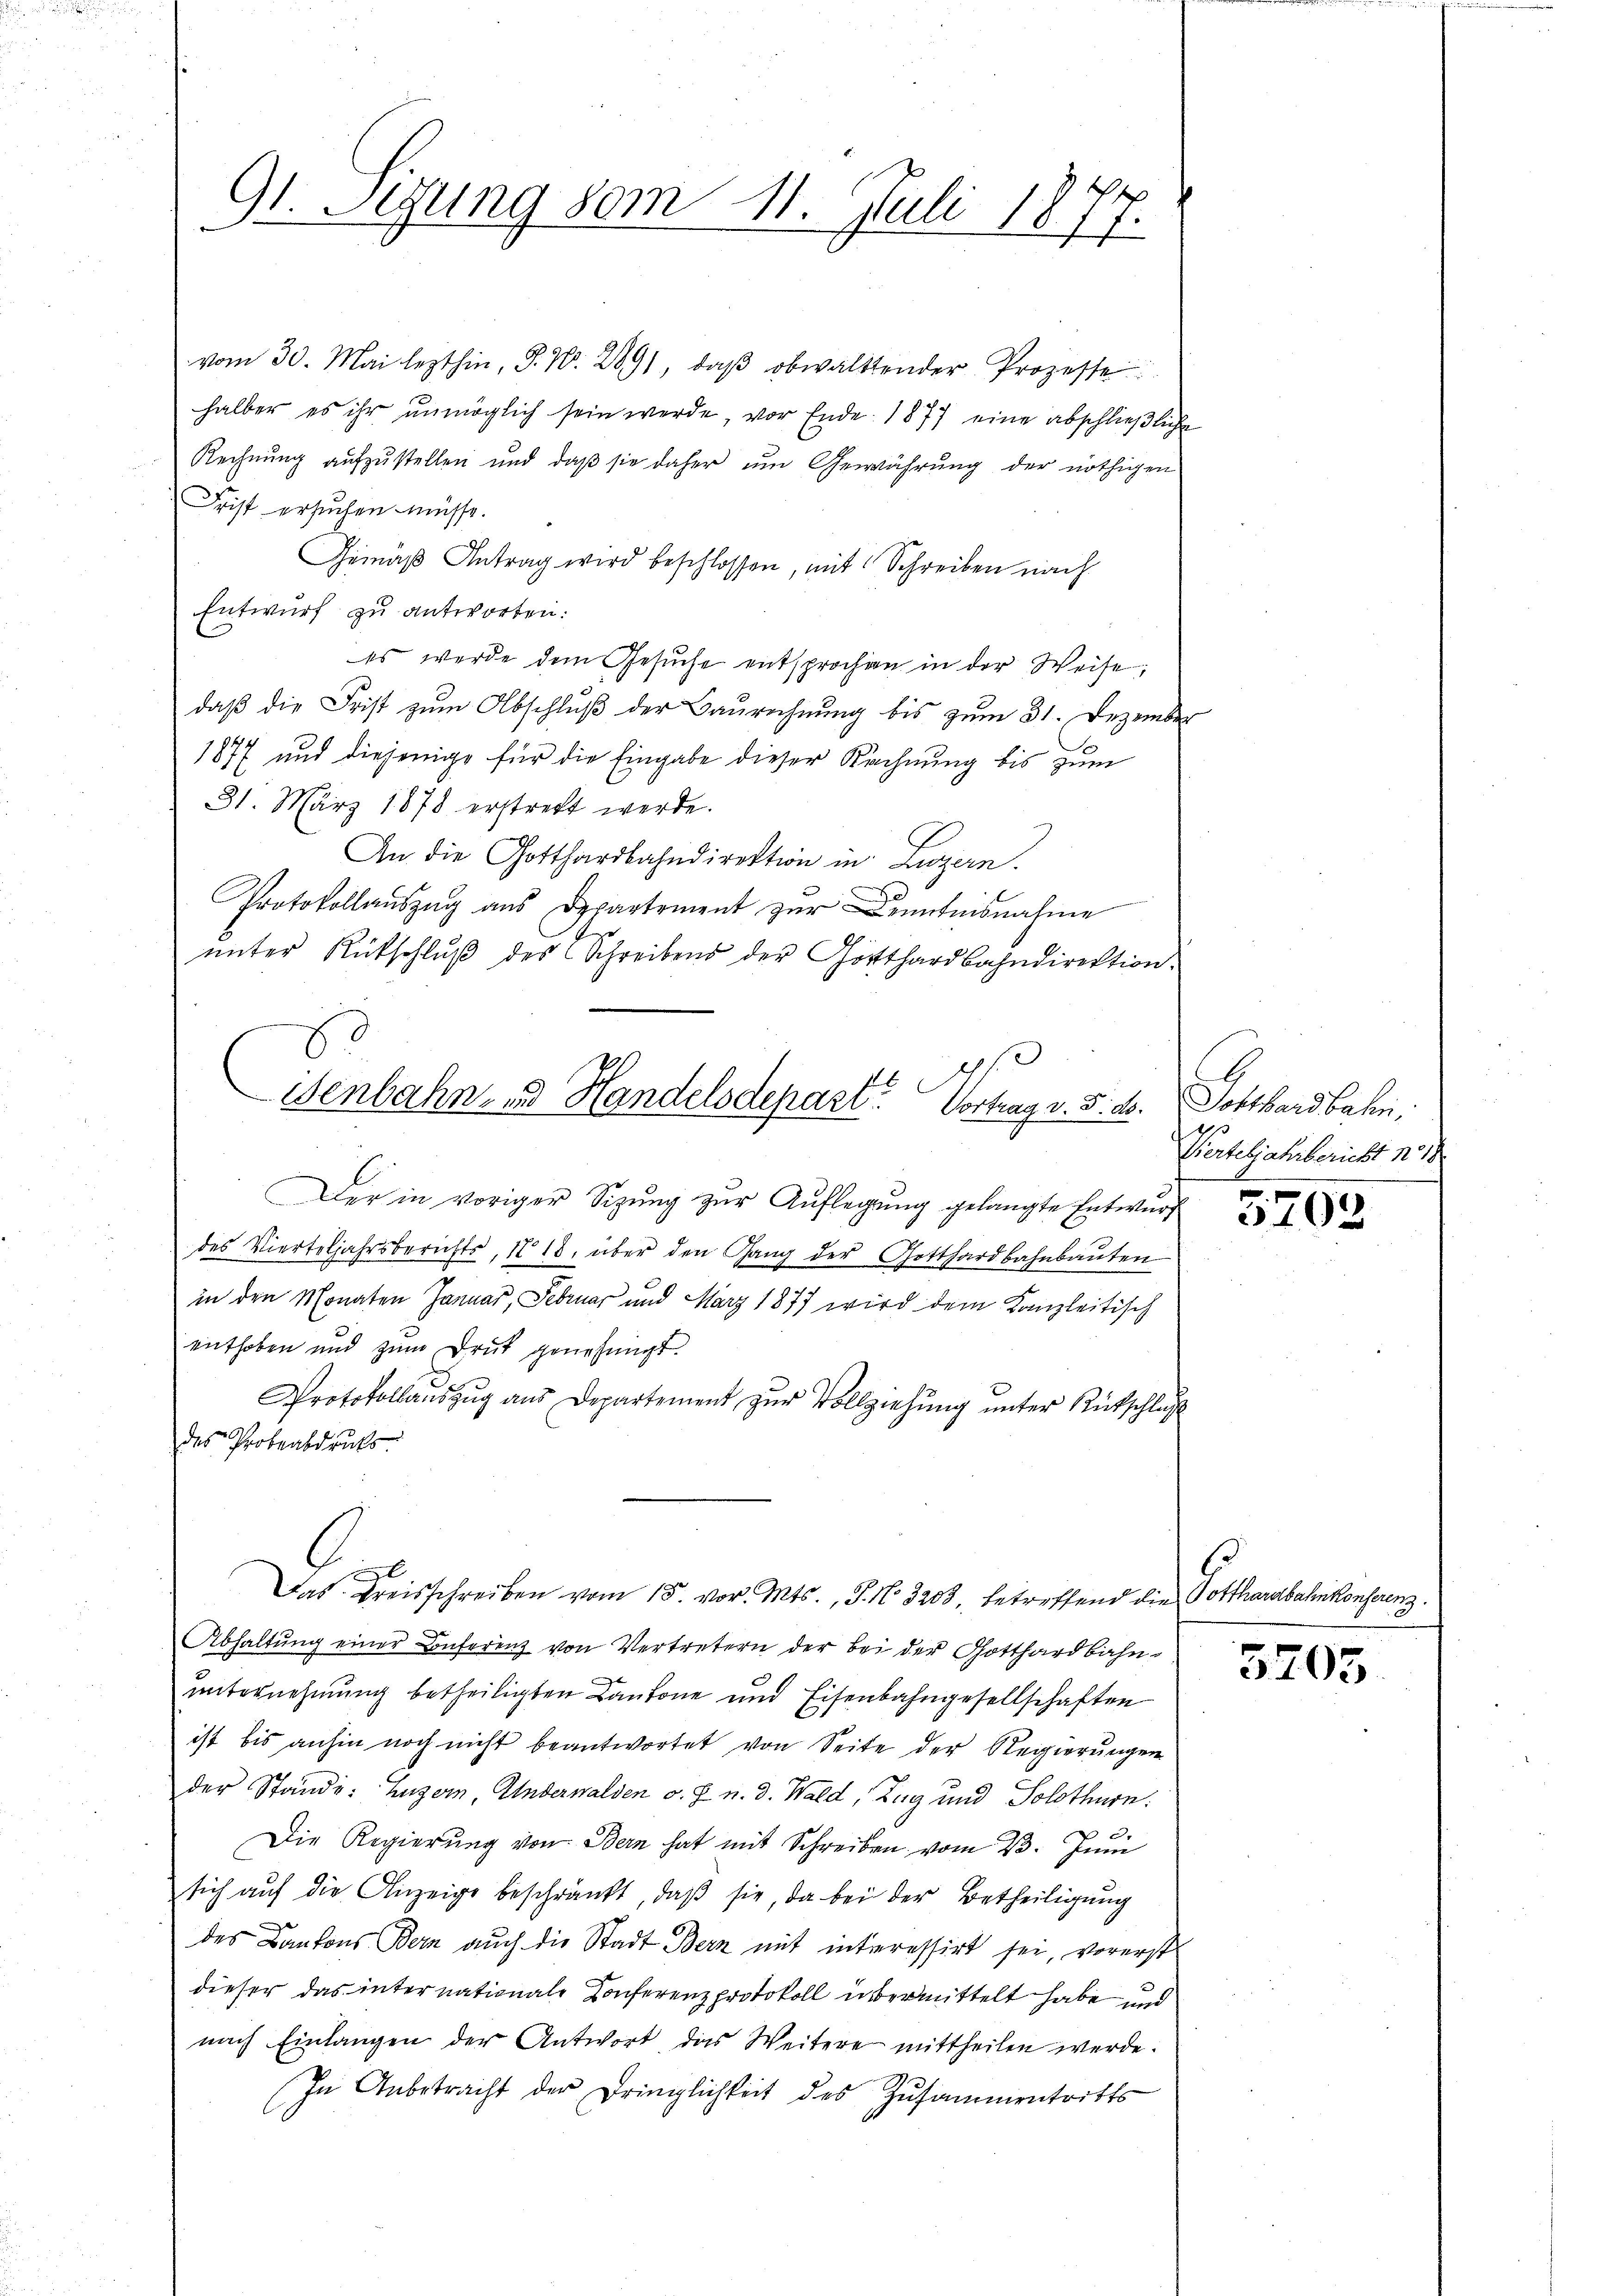
91. Sizung vom 11. Juli 1877.

vom 30. Mai lezthin, S. N. 289, daβ obwalttender Prozesse
halber es ihr unmöglich sein werde, vor Ende 1877 eine abschließlich
Rechnung aufzustellen und daß sie daher um Gewährung der nöthigen
Frist ersuchen müsse.
Gemäβ Antrag wird beschlossen, mit Schreiben nach
Entwurf zu antworten:
es werde dem Gesŭche entsprochen in der Weise,
daß die Frist zum Abschluß der Baurechnung bis zum 31. Dezembe
1877 und diejenige für die Eingabe dieser Rechnung bis zum
31. März 1878 erstrebt werde.
An die Gotthardbahndirektion in Luzern.
Protokollauszug aus Departement zur Kenntnisnahme
unter Rückschluß des Schreibens der Gotthardbahndirektion
d
P.
Senbahn- und Handelsdepart? Vortrag v. 3. ds. Schtbardbahn,
Der in voriger Sizung zur Auflegung gelangte Entwurf
des Vierteljahrsberichts, 1818. über den Gang der Gotthardbahnbauten
in den Monaten Januar, Februar und März 1877 wird dem Kanzleitisch
enthoben und zum Druk genehmigt.
Protokollauszug aus Departement zur Vollziehung unter Rütschluß
des Probeabdruks

l
Das Kreisschreiben vom 15. vor. Mts., J. No. 3203, betreffend die Potthardbahnkonferenz.

Abhaltŭng einer Conferenz von Vertretern der bei der Gotthardbahn-
unternehmung betheiligten Cantone und Eisenbahngesellschaften
ist bis anhin noch nicht beantwortet von Seite der Regierungen
der Stände: Luzern Anderwalden v. J. n. d. Wald, Zug und Solothurn.
Die Regierung von Bern hat mit Schreiben vom 23. Juni
sich auf die Anzeige beschränkt, daβ sie, da bei der Betheiligung
des Kantons Bern auch die Stadt Bern mit interessirt sei, vorerst
dieser das internationale Konferenzprotokoll übermittelt habe und
nach Einlangen der Antwort, das Weitere mittheilen werde.
In Anbetracht der Dringlichkeit des Zusammentritts

3
Vierteljahr bericht n
s

5702

3703.